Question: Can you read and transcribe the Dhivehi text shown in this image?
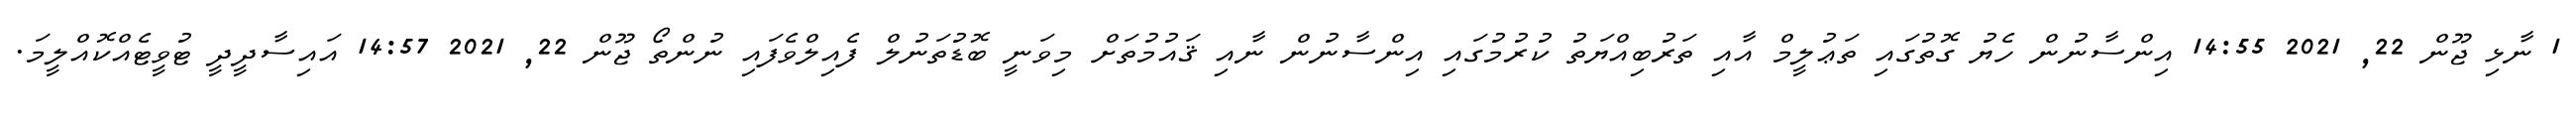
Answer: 1 ނާޅި ޖޫން 22, 2021 14:55 އިންސާނުން ހެޔު ގޮތުގައި ތަޢުލީމް އާއި ތަރުބިއްޔަތު ކުރުމުގައި އިންސާނުން ނާއި ޤައުމުތަށް މިވަނީ ބޮޑުތަނުލް ފެއިލްވެފައި ނުންތޯ ޖޫން 22, 2021 14:57 އައިސާދީދީ ޓުވީޓެއްކޮއްލީމަ.